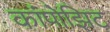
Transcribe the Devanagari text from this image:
कांपोझिट